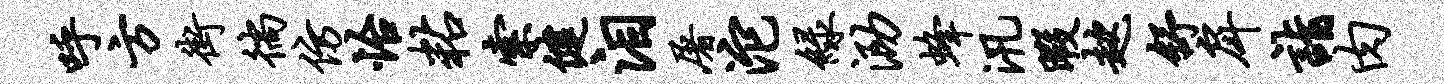
呼方街徜仿怡粘索健泪屠沱绿泐蜂汛暇趑舒戽诣肉